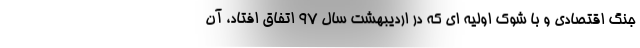
جنگ اقتصادی و با شوک اولیه ای که در اردیبهشت سال ۹۷ اتفاق افتاد، آن